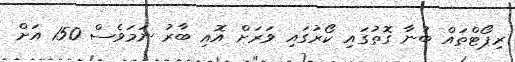
ރިޕޯޓްތައް ބުނާ ގޮތުގައި ކޯރުގައި ވަރަށް އޮއި ބާރު ނަމަވެސް 150 އަށް